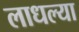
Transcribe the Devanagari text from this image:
लाधल्या